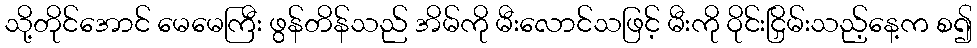
သို့တိုင်အောင် မေမေကြီး ဖွန်တိန်သည် အိမ်ကို မီးလောင်သဖြင့် မီးကို ဝိုင်းငြှိမ်းသည့်နေ့က စ၍